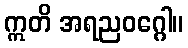
ဣတိ အရညဝဂ္ဂေါ။